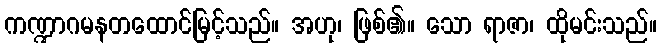
ကဏ္ဍာဂမနတထောင်မြင့်သည်။ အဟု၊ ဖြစ်၏။ သော ရာဇာ၊ ထိုမင်းသည်။